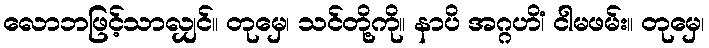
လောဘဖြင့်သာလျှင်။ တုမှေ၊ သင်တို့ကို။ နာပိ အဂ္ဂဟိံ၊ ငါမဖမ်း။ တုမှေ၊